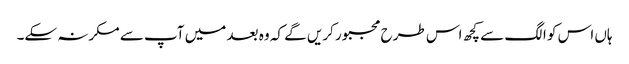
ہاں اس کو الگ سے کچھ اس طرح مجبور کریں گے کہ وہ بعد میں آپ سے مکرنہ سکے۔